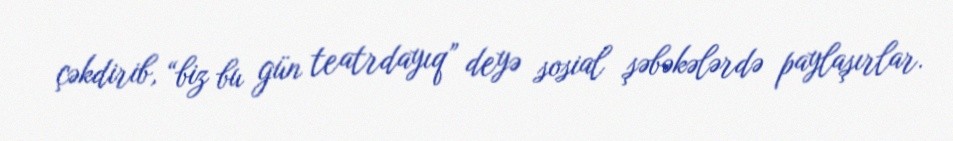
çəkdirib, “biz bu gün teatrdayıq” deyə sosial şəbəkələrdə paylaşırlar.